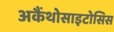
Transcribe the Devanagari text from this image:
अकैंथोसाइटोसिस